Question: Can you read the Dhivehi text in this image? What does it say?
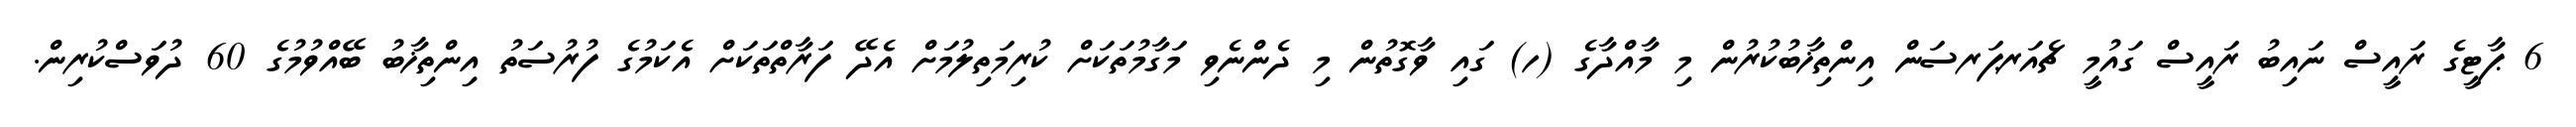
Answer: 6 ޕާޓީގެ ރައީސް ނައިބު ރައީސް ގައުމީ ޗެއަރޕަރސަން އިންތިޚާބުކުރުން މި މާއްދާގެ (ހ) ގައި ވާގޮތުން މި ދެންނެވި މަގާމުތަކަށް ކުރިމަތިލުމަށް އެދޭ ފަރާތްތަކަށް އެކަމުގެ ފުރުސަތު އިންތިޚާބު ބޭއްވުމުގެ 60 ދުވަސްކުރިން.